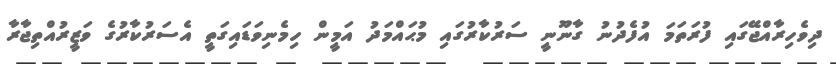
ދިވެހިރާއްޖޭގައި ފުރަތަމަ އުފެދުނު ގާނޫނީ ސަރުކާރުގައި މުޙައްމަދު އަމީން ހިމެނިވަޑައިގަތީ އެސަރުކާރުގެ ވަޒީރުއްތިޖާރާ